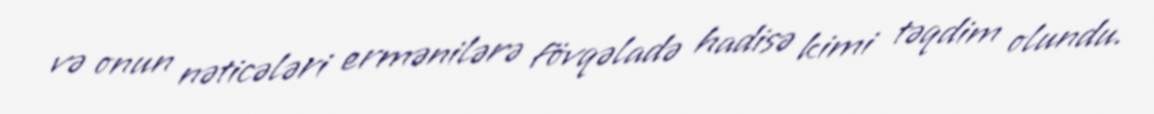
və onun nəticələri ermənilərə fövqəladə hadisə kimi təqdim olundu.